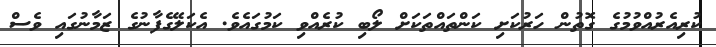
ކުރިއެރުއްވުމުގެ ގޮތުން ހަރުކަށި ކަންތައްތަކަށް ލޯބި ކުރެއްވި ކަމުގައެވެ. އެކަލޭގެފާނުގެ ޒަމާނުގައި ވެސް